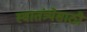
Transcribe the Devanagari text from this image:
स्वातंत्र्येसाठी